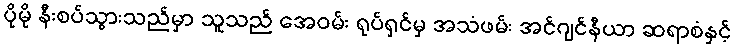
ပိုမို နီးစပ်သွားသည်မှာ သူသည် အေဝမ်း ရုပ်ရှင်မှ အသံဖမ်း အင်ဂျင်နီယာ ဆရာစံနှင့်